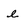
Character: e